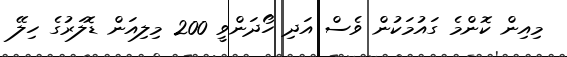
މިއިން ކޮންމެ ގައުމަކުން ވެސް އަދި ހޯދަންވީ 200 މިލިއަން ޑޮލަރުގެ ހިލޭ